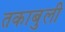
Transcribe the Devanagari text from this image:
तकाबुली